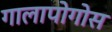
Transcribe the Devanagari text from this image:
गालापोगोस